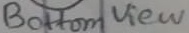
Text: Bottom View